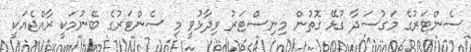
ސެންޓަރުގެ މަގުސަދާ ގުޅޭ ގޮތުން މިނިސްޓަރު ވިދާޅުވީ މި ސެންޓަރުގެ ބޭނުމަކީ ރާއްޖެއަކީ